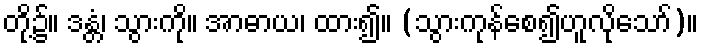
တို့၌။ ဒန္တံ၊ သွားကို။ အာဓာယ၊ ထား၍။ (သွားကုန်စေ၍ဟူလိုသော်)။